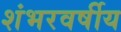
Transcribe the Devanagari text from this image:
शंभरवर्षीय